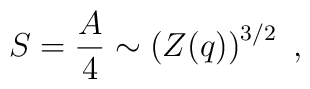
S={A\over 4} \sim \left (Z(q)\right) ^{3/2} \ ,